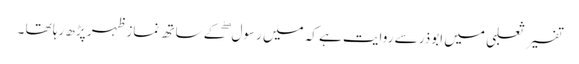
تفسیر ثعلبی میں ابوذر سے روایت ہے کہ میں رسول ۖکے ساتھ نماز ظہر پڑھ رہا تھا ۔